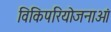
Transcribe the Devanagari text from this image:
विकिपरियोजनाओं